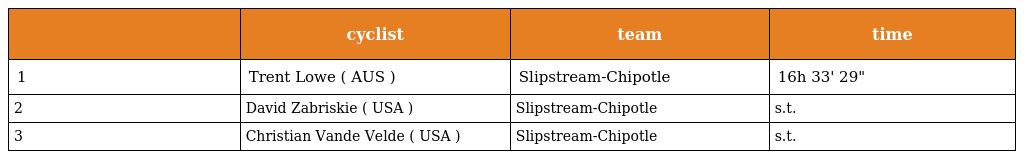
|  | cyclist | team | time |
 | --- | --- | --- | --- |
 | 1 | Trent Lowe ( AUS ) | Slipstream-Chipotle | 16h 33' 29" |
 | 2 | David Zabriskie ( USA ) | Slipstream-Chipotle | s.t. |
 | 3 | Christian Vande Velde ( USA ) | Slipstream-Chipotle | s.t. |